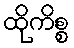
ထိုကိစ္စ